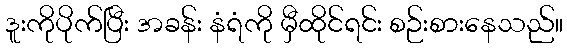
ဒူးကိုပိုက်ပြီး အခန်း နံရံကို မှီထိုင်ရင်း စဉ်းစားနေသည်။